Civil Veterinary Department. United Provinces 1932-42 - 1932-1942
Year: 1932
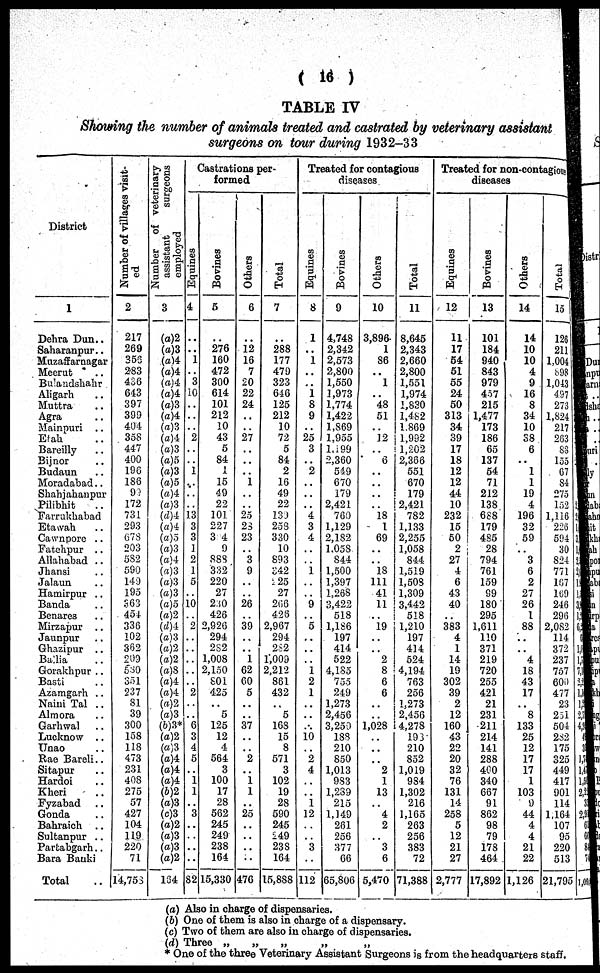
(16)
TABLE IV
Showing the number of animals treated and castrated by veterinary assistant
surgeons on tour during 1932-33
District
1
Dehra Dun..
Saharanpur ..
Muzaffarnagar
Meerut ..
Bulandshahr ..
Aligarh ..
Muttra ..
Agra ..
Mainpuri ..
Etah ..
Bareilly ..
Bijnor ..
Budaun ..
Moradabad..
Shahiahaupur ..
Pilibhit ..
Farrukhabad ..
Etawah ..
Cawnpore ..
Fatehpur ..
Allahabad ..
Jhansi ..
Jalaun ..
Hamirpur ..
Banda ..
Benares ..
Mirzapur ..
Jaunpur ..
Ghazipur ..
Ballia ..
Gorakhpur ..
Basti ..
Azamgarh ..
Naini Tal ..
Almora ..
Garhwal ..
Lucknow ..
Unao ..
Rae Bareli. ...
Sitapur ..
Hardoi ..
Kheri ..
Fyzabad ..
Gonda ..
Bahraich ..
Sultanpur ..
Partabgarh..
Bara Banki
Total ..
Number of villages visit-
ed
2
217
269
355
283
486
6-13
397
399
404
358
447
400
196
186
92
172
731
293
678
203
582
590
149
195
363
454
336
102
362
209
530
351
237
81
39
300
158
118
473
231
408
275
57
427
104
119
220
71
14,753
Number of veterinary
assistant
surgeons
employed
3
(a)2
(a)3
(a)4
(a)4
(a)4
(a)4
(a)3
(a)4
(a)3
(a)4
(a)3
(a)5
(a)3
(a)5
(a)4
(a)3
(d)4
(a)4
(a)5
(a)3
(a)4
(«)3
(a) 3
(a) 3
(a)5
(a)2
(d)4
(a)3
(a)2
(a)2
(a)8
(a)4
(a)4
(a)2
(a)3
(b)3*
(a)2
(a)3
(a)4
(a)4
(a)4
(b)2
(a)3
(c)3
(a)2
(a)3
(a)3
(a)2
164
Castrations per-
formed
Equines
4
..
1
3
10
..
..
..
2
..
..
1
..
..
..
13 3
3
1
2
1
5
..
10
..
..
..
..
..
..
..
2
..
..
6
3
4
5
i 1
..
3
..
..
..
..
82
Bovines
5
..
276
160
472
300
614
101
212
10
43
5
84
1
15
49
22
101
227
3 4
9
888
332
220
27
2;so
426
2,926
294
282
1,008
2,150
801
425
..
5
125
12
4
564
3
100
17
28
562
245
249
238
164
15,330
Others
6
..
12
16
7
20
22
24
..
..
27
..
..
1
..
..
25
23
23
..
*3
9
..
..
26
39
..
..
1
62
60
5
..
..
37
..
..
2
..
1
1
..
25
..
..
..
..
476
Total
7
..
288
177
479
323
646
125
212
10
72
5
84
2
16
49
22
13J
253
330
10
893
342
225
27
266
426
2,967
294
282
1,009
2,212
861
432
..
5
168
15
8
571
3
102
19
28
590
245
249
238
164
15,888
Treated for contagious
diseases
Equines
8
1
..
1
..
..
1
8
9
..
25
3
..
2
..
..
..
4
3
4
..
..
i
..
..
9
..
5
..
..
..
1
2
1
..
..
..
10
2
4
..
..
1
12
..
..
3
..
112
Bovines
9
4,748
2,342
2,573
2,800
1,550
1,973
1,774
1,422
1,869
1,955
1,199
2,360
549
670
179
2,421
760
1,129
2,182
1,058
844
1,500
1,397
1,268
3,422
518
1,186
197
414
522
4,185
755
249
1,273
2,456
3,250
188
210
850
1,013
983
1,289
215
1,149
261
256
377
66
65,806
Others
10
3,896
1
86
..
1
..
48
51
..
12
..
6
..
..
..
..
18
1
69
..
..
18
111
41
11
..
19
..
..
2
8
6
6
..
..
1,028
..
..
..
2
1
13
..
4
2
..
3
6
5,470
Total
11
8,645
2,343
2,660
2,800
1,551
1,974
1,830
1,482
1.869
1,992
1,202
2,386
551
670
179
2,421
782
1,133
2,255
1,058
844
1.519
1,508
1,309
3,442
518
1,210
197
414
524
4,194
763
256
1,273
2,456
4,278
193
210
852
1,019
984
1,302
216
1,165
263
256
383
72
71,388
Treated for non-contagious
diseases
Equines
12
11
17
64
51
55
24
50
313
34
39
17
18
12
12
44
10
232
15
50
2
27
4
6
43
40
..
383
4
1
14
19
302
39
2
12
160
43
22
20
32
76
131
14
258
5
12
21
27
2,777
Bovines
13
101
184
940
843
979
457
215
1,477
173
186
65
137
54
71
212
138
688
179
485
28
794
761
159
99
180
295
1,611
110
371
219
720
255
421
21
231
211
214
141
288
400
340
667
91
862
98
79
178
464
17,892
Others
14
14
10
10
4
9
16
8
34
10
38
6
..
1
1
19
4
196
32
59
..
3
6
2
27
26
1
88
..
..
4
18
43
17
..
8
133
25
12
17
17
1
103
9
44
4
4
21
22
1,126
Total
15
126
211
1,004
898
1,043
497
273
1,824
217
283
88
loo
67
84
275
152
1,116
226
504
30
824
771
167
169
246
296
2,082
114
372
237
757
60.0
477
23
251
504
2S2
175
325
449
417
901
114
1,164
107
95
220
513
21,795
..
..
..
..
..
2
1
3
1
2
..
1
1
3
1
1
11
1,2
2
4
1
1
1,3
1,4
1,5 2,2
3
2, 5
6
60 84
74
1,09
(a) Also in charge of dispensaries.
(b) One of them is also in charge of a dispensary.
(c) Two of them are also in charge of dispensaries.
(d) Three „ „ „ „ „
* One of the three Veterinary Assistant Surgeons is from the headquarters staff.